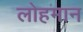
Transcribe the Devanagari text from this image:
लोहमान